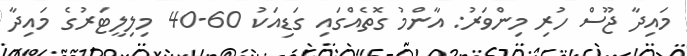
މައިދާ ޖޫސް ހުރި މިންވަރު: އާންމު ގޮތެއްގައި ގަޑިއަކު 60-40 މިލިލީޓަރުގެ މައިދާ